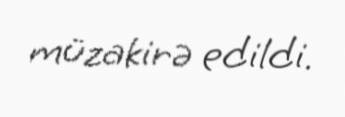
müzakirə edildi.